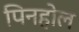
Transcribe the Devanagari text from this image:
पिनहोल